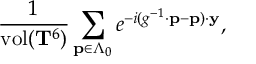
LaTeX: \frac { 1 } { \mathrm { v o l } ( { \bf T } ^ { 6 } ) } \sum _ { { \bf p } \in \Lambda _ { 0 } } e ^ { - i ( g ^ { - 1 } \cdot { \bf p } - { \bf p } ) \cdot { \bf y } } ,